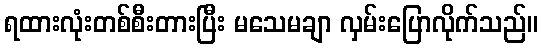
ရထားလုံးတစ်စီးတားပြီး မသေမချာ လှမ်းပြောလိုက်သည်။